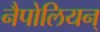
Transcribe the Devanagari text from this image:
नैपोलियन्